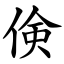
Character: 倹